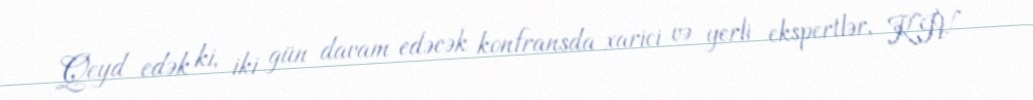
Qeyd edək ki, iki gün davam edəcək konfransda xarici və yerli ekspertlər, KİV